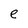
Character: e